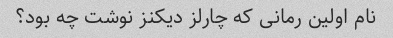
نام اولین رمانی که چارلز دیکنز نوشت چه بود؟